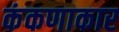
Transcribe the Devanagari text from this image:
कंकणाकार